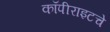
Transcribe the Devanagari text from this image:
कॉपीराइटचे